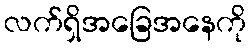
လက်ရှိအခြေအနေကို